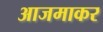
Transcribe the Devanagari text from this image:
आजमाकर